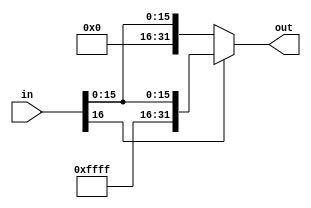
module sx_17to32(in, out);
  input [16:0]in;
  output [31:0]out;
  
  assign out = in[16] ? {15'b111111111111111, in[16:0]}:{15'b000000000000000, in[16:0]};
endmodule